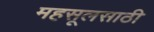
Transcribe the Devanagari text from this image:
महसूलसाठी